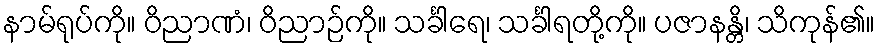
နာမ်ရုပ်ကို။ ဝိညာဏံ၊ ဝိညာဉ်ကို။ သင်္ခါရေ၊ သင်္ခါရတို့ကို။ ပဇာနန္တိ၊ သိကုန်၏။